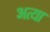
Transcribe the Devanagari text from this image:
अत्या